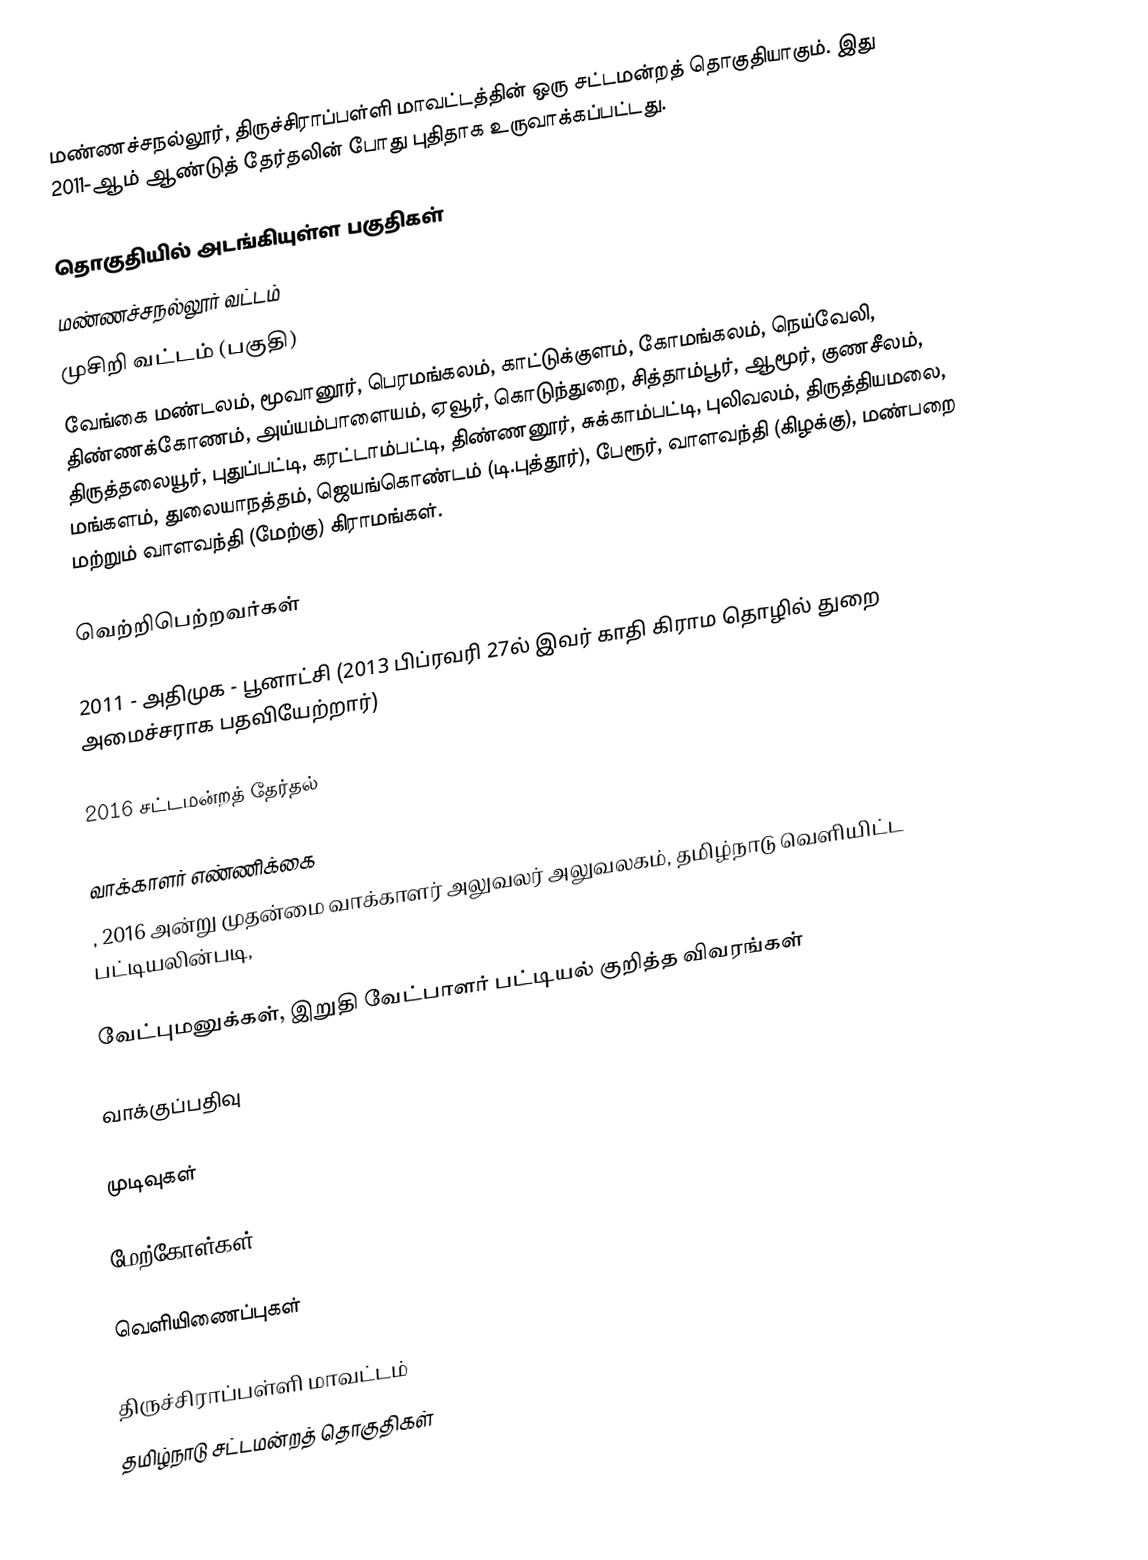
மண்ணச்சநல்லூர், திருச்சிராப்பள்ளி மாவட்டத்தின் ஒரு சட்டமன்றத் தொகுதியாகும். இது 2011-ஆம் ஆண்டுத் தேர்தலின் போது புதிதாக உருவாக்கப்பட்டது.

தொகுதியில் அடங்கியுள்ள பகுதிகள்
மண்ணச்சநல்லூர் வட்டம்
முசிறி வட்டம் (பகுதி)
வேங்கை மண்டலம், மூவானூர், பெரமங்கலம், காட்டுக்குளம், கோமங்கலம், நெய்வேலி, திண்ணக்கோணம், அய்யம்பாளையம், ஏவூர், கொடுந்துறை, சித்தாம்பூர், ஆமூர், குணசீலம், திருத்தலையூர், புதுப்பட்டி, கரட்டாம்பட்டி, திண்ணனூர், சுக்காம்பட்டி, புலிவலம், திருத்தியமலை, மங்களம், துலையாநத்தம், ஜெயங்கொண்டம் (டி.புத்தூர்), பேரூர், வாளவந்தி (கிழக்கு), மண்பறை மற்றும் வாளவந்தி (மேற்கு) கிராமங்கள்.

வெற்றிபெற்றவர்கள்

2011 - அதிமுக - பூனாட்சி (2013 பிப்ரவரி 27ல் இவர் காதி கிராம தொழில் துறை அமைச்சராக பதவியேற்றார்)

2016 சட்டமன்றத் தேர்தல்

வாக்காளர் எண்ணிக்கை
, 2016 அன்று முதன்மை வாக்காளர் அலுவலர் அலுவலகம், தமிழ்நாடு வெளியிட்ட பட்டியலின்படி,

வேட்புமனுக்கள், இறுதி வேட்பாளர் பட்டியல் குறித்த விவரங்கள்

வாக்குப்பதிவு

முடிவுகள்

மேற்கோள்கள்

வெளியிணைப்புகள்

திருச்சிராப்பள்ளி மாவட்டம்
தமிழ்நாடு சட்டமன்றத் தொகுதிகள்